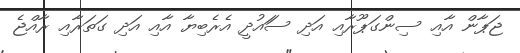
ޖަޕާން އާއި ސިންގަޕޫރާއި އަދި ސަައުދީ އެރެބިޔާ އާއި އަދި ގަތަރާއި ރާއްޖެ